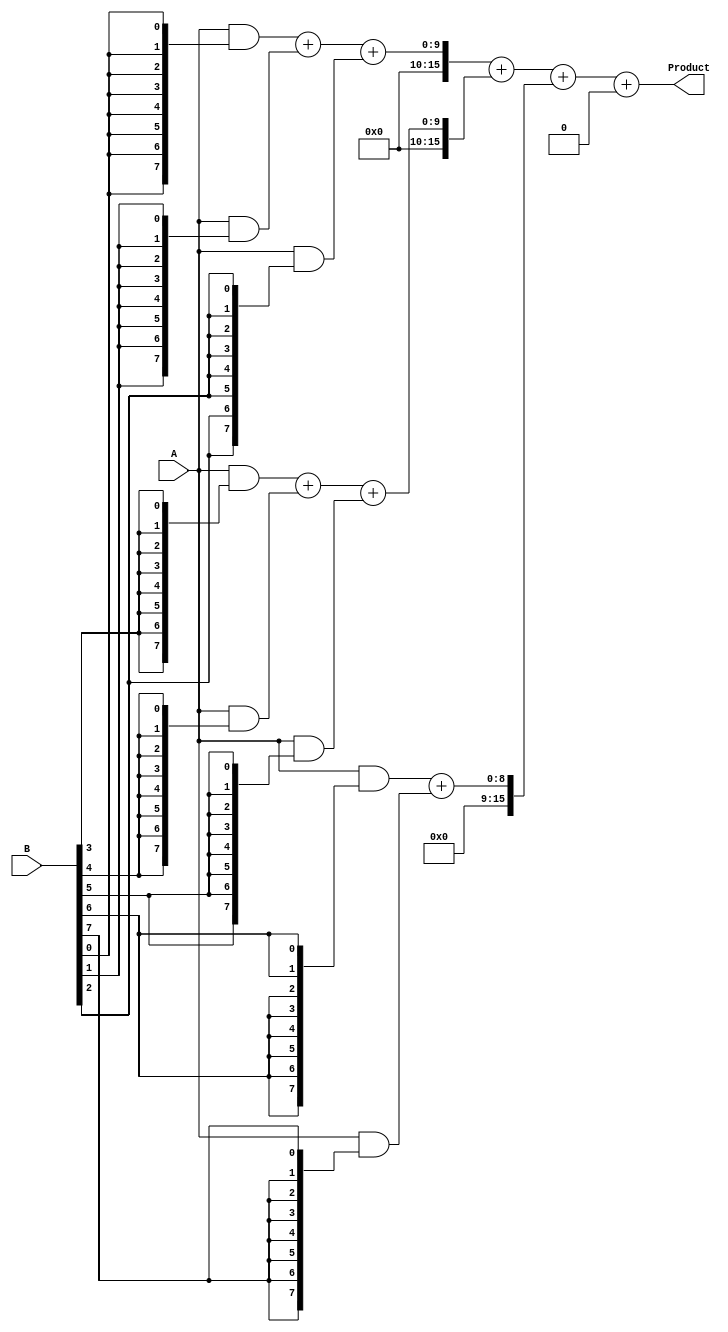
module wallace_tree_multiplier #(parameter A_WIDTH = 8, parameter B_WIDTH = 8)(
    input [A_WIDTH-1:0] A,   // First multiplicand
    input [B_WIDTH-1:0] B,   // Second multiplicand
    output [A_WIDTH + B_WIDTH - 1:0] Product // Resultant product
);
    
    // Generate partial products
    wire [A_WIDTH-1:0] partial_products[B_WIDTH-1:0];
    genvar i;
    generate
        for (i = 0; i < B_WIDTH; i = i + 1) begin : pp_gen
            assign partial_products[i] = A & {A_WIDTH{B[i]}};
        end
    endgenerate
    
    // Carry-Save Adder (CSA) tree
    wire [A_WIDTH + B_WIDTH - 1:0] sum [0:2]; // Temporary sums
    wire [A_WIDTH + B_WIDTH - 1:0] carry [0:2]; // Temporary carries

    // First level of CSA
    wire [A_WIDTH + B_WIDTH - 1:0] csa1_sum[0:2];
    wire [A_WIDTH + B_WIDTH - 1:0] csa1_carry[0:2];
    
    generate
        for (i = 0; i < B_WIDTH; i = i + 1) begin : csa_level1
            if (i % 3 == 0) begin
                assign csa1_sum[i/3] = partial_products[i];
                assign csa1_carry[i/3] = 0;
            end else if (i % 3 == 1) begin
                assign csa1_sum[i/3] = csa1_sum[i/3] + partial_products[i];
                assign csa1_carry[i/3] = csa1_carry[i/3] + 0;
            end else begin
                assign csa1_sum[i/3] = csa1_sum[i/3] + partial_products[i];
                assign csa1_carry[i/3] = csa1_carry[i/3] + 0;
            end
        end
    endgenerate

    // Second level of CSA (if more than 3 partial products exist)
    wire [A_WIDTH + B_WIDTH - 1:0] csa2_sum, csa2_carry;
    assign csa2_sum = csa1_sum[0] + csa1_sum[1] + csa1_sum[2];
    assign csa2_carry = csa1_carry[0] + csa1_carry[1] + csa1_carry[2];

    // Final addition using a simple adder
    assign Product = csa2_sum + csa2_carry;

endmodule